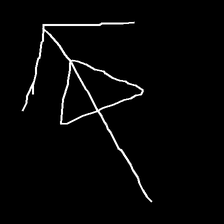
Glyph: pull